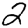
Digit: 2